Report on vaccination in Madras 1895-1903 - 1895-1903
Year: 1895
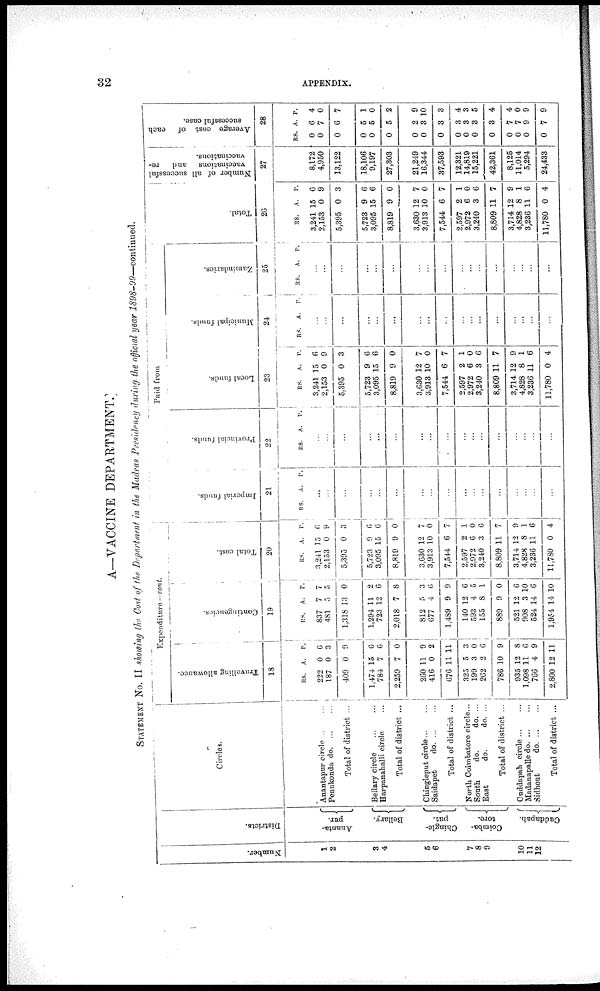
32
APPENDIX.
A—VACCINE DEPARTMENT.
STATEMENT No. II showing the Cost of the Department in the Madras Presidency during the official year 1898-99—continued.
Number.
1
2
3
4
5
6
7
8
9
10
11
12
Districts.
Ananta-
pur.
Bellary.
Chingle-
put.
Coimba-
tore.
Cuddapah.
Circles.
Anantapur circle ... ...
Penukonda
do. ... ...
Total of district ...
Bellary circle
...
...
Harpanahalli circle ...
Total of district ...
Chingleput circle ... ..
Saidapet
do. ... ...
Total of district ...
North Coimbatore circle...
South
do.
do. ...
East
do.
do. ...
Total of district ...
Cuddapah circle ... ...
Madanapalle do. ... ...
Sidhout
do. ... ...
Total of district ...
Expenditure — cont.
Travelling allowance.
18
RS.
222
187
409
1,474
784
2,259
260
416
676
325
199
262
786
935
1,098
766
2,800
A.
0
0
0
15
7
7
11
0
11
5
3
2
10
12
11
4
12
P.
6
3
9
6
6
0
9
2
11
3
0
6
9
8
6
9
11
Contingencies.
19
RS.
837
481
1,318
1,294
723
2,018
812
677
1,489
140
593
155
889
521
908
524
1,954
A.
7
5
13
11
12
7
5
4
9
12
4
8
9
12
3
14
14
P.
7
5
0
2
6
8
3
6
9
6
5
1
0
6
10
6
10
Total cost.
20
RS.
3,241
2,153
5,395
5,723
3,095
8,819
3,630
3,913
7,544
2,597
2,972
3,240
8,809
3,714
4,828
3,236
11,780
A.
15
0
0
9
15
9
12
10
6
2
6
3
11
12
8
11
0
P.
6
9
3
6
6
0
7
0
7
1
0
6
7
9
1
6
4
Paid from
Imperial funds.
21
RS. A. P.
...
...
...
...
...
...
...
...
...
...
...
...
...
...
...
...
...
Provincial funds.
22
RS. A. P.
...
...
...
...
...
...
...
...
...
...
...
...
...
...
...
...
...
Local funds.
23
RS.
3,241
2,153
5,395
5,723
3,095
8,819
3,630
3,913
7,544
2,597
2,972
3,240
8,809
3,714
4,828
3,236
11,780
A.
15
0
0
9
15
9
12
10
6
2
6
3
11
12
8
11
0
P.
6
9
3
6
6
0
7
0
7
1
0
6
7
9
1
6
4
Municipal funds.
24
RS. A. P.
...
...
...
...
...
...
...
...
...
...
... ...
...
...
...
...
...
Zamindaries.
25
RS. A. P.
...
...
...
...
...
...
...
...
...
...
...
...
...
...
...
...
...
Total.
26
RS.
3,241
2,153
5,395
5,723
3,095
8,819
3,630
3,913
7,544
2,597
2,972
3,240
8,809
3,714
4,828
3,236
11,780
A.
15
0
0
9
15
9
12
10
6
2
6
3
11
12
8
11
0
P.
6
9
3
6
6
0
7
0
7
1
0
6
7
9
1
6
4
Number of all successful
vaccinations and re-
vaccinations.
27
8,172
4,950
13,122
18,106
9,197
27,303
21,249
16,344
37,593
12,321
14,819
15,221
42,361
8,125
11,014
5,294
24,433
Average cost of each
successful case.
28
RS
0
0
0
0
0
0
0
0
0
0
0
0
0
0
0
0
0
A.
6
7
6
5
5
5
2
3
3
3
3
3
3
7
7
9
7
P.
4
0
7
1
0
2
9
10
3
4
3
5
4
4
0
9
9